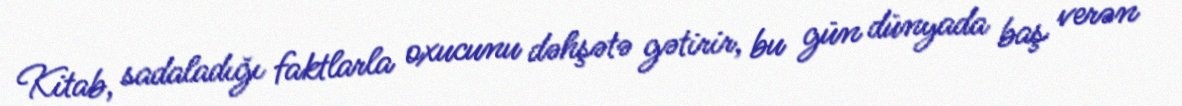
Kitab, sadaladığı faktlarla oxucunu dəhşətə gətirir, bu gün dünyada baş verən